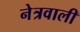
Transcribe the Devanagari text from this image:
नेत्रवाली